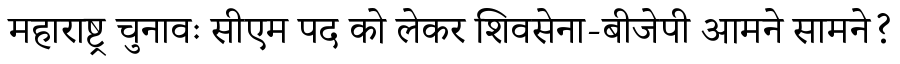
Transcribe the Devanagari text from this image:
महाराष्ट्र चुनावः सीएम पद को लेकर शिवसेना-बीजेपी आमने सामने?